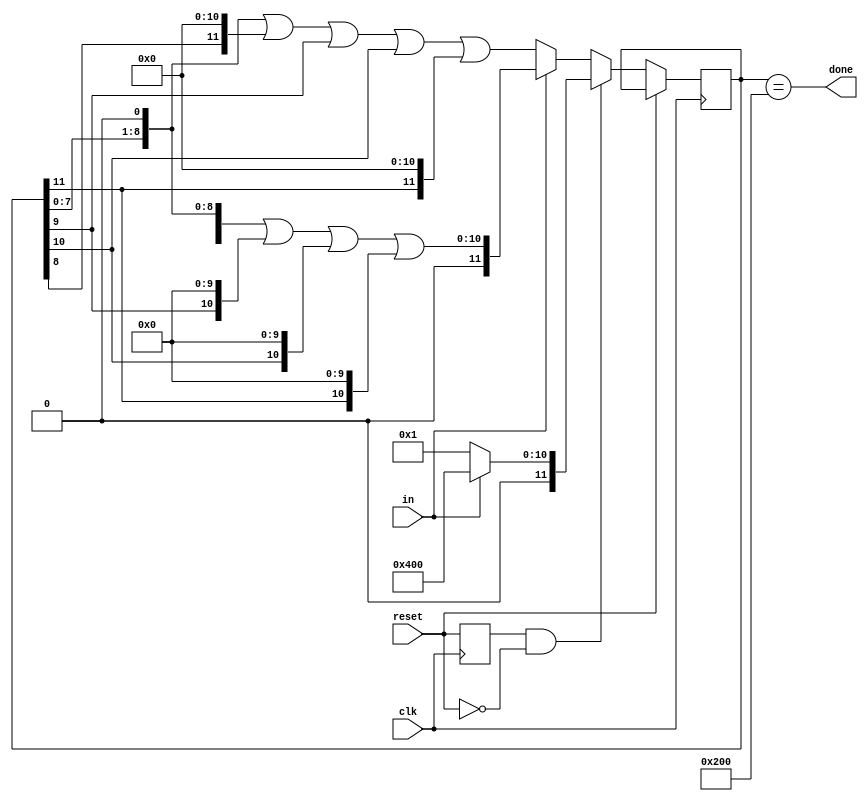
module top_module(
    input clk,
    input in,
    input reset,    // Synchronous reset
    output done
); 

    reg is_reset;
    reg [11:0] state;
    always @(posedge clk) begin
        is_reset <= reset;
        if (reset) begin
            ;
        end
        else if (is_reset & ~reset) begin
            if (in)
                state <= 1 << 10;
            else
                state <= 1 << 0;
        end
        else begin
            if (in)
                state <= state[8:0] << 1 | state[9] << 10 | state[10] << 10 | state[11] << 10;
            else
                state <= state[7:0] << 1 | state[8] << 11 | state[9] | state[10] | state[11] << 11;
        end
    end
    assign done = (state == 1 << 9);
endmodule